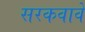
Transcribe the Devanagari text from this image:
सरकवावे